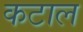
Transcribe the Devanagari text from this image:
कटाल